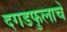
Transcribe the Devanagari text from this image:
दगडफुलाचे